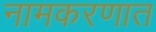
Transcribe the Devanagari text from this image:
नामकरणात